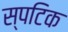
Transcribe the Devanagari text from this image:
स्पटिक